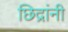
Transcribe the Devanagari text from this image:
छिद्रांनी